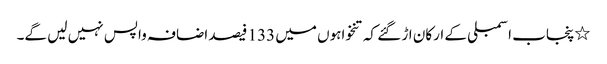
٭پنجاب اسمبلی کے ارکان اڑ گئے کہ تنخواہوں میں 133 فیصد اضافہ واپس نہیں لیں گے۔